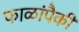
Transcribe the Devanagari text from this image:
फाळांपैकी